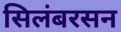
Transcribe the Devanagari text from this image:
सिलंबरसन